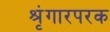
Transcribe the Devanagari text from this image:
श्रृंगारपरक